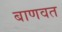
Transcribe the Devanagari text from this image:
बाणवत